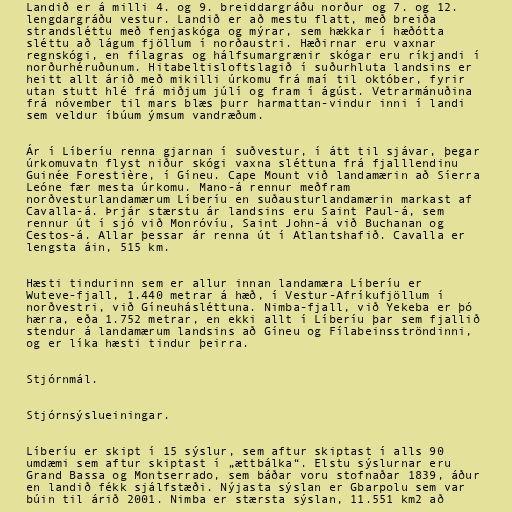
Landið er á milli 4. og 9. breiddargráðu norður og 7. og 12.
lengdargráðu vestur. Landið er að mestu flatt, með breiða
strandsléttu með fenjaskóga og mýrar, sem hækkar í hæðótta
sléttu að lágum fjöllum í norðaustri. Hæðirnar eru vaxnar
regnskógi, en fílagras og hálfsumargrænir skógar eru ríkjandi í
norðurhéruðunum. Hitabeltisloftslagið í suðurhluta landsins er
heitt allt árið með mikilli úrkomu frá maí til október, fyrir
utan stutt hlé frá miðjum júlí og fram í ágúst. Vetrarmánuðina
frá nóvember til mars blæs þurr harmattan-vindur inni í landi
sem veldur íbúum ýmsum vandræðum.

Ár í Líberíu renna gjarnan í suðvestur, í átt til sjávar, þegar
úrkomuvatn flyst niður skógi vaxna sléttuna frá fjalllendinu
Guinée Forestière, í Gíneu. Cape Mount við landamærin að Síerra
Leóne fær mesta úrkomu. Mano-á rennur meðfram
norðvesturlandamærum Líberíu en suðausturlandamærin markast af
Cavalla-á. Þrjár stærstu ár landsins eru Saint Paul-á, sem
rennur út í sjó við Monróvíu, Saint John-á við Buchanan og
Cestos-á. Allar þessar ár renna út í Atlantshafið. Cavalla er
lengsta áin, 515 km.

Hæsti tindurinn sem er allur innan landamæra Líberíu er
Wuteve-fjall, 1.440 metrar á hæð, í Vestur-Afríkufjöllum í
norðvestri, við Gíneuhásléttuna. Nimba-fjall, við Yekeba er þó
hærra, eða 1.752 metrar, en ekki allt í Líberíu þar sem fjallið
stendur á landamærum landsins að Gíneu og Fílabeinsströndinni,
og er líka hæsti tindur þeirra.

Stjórnmál.

Stjórnsýslueiningar.

Líberíu er skipt í 15 sýslur, sem aftur skiptast í alls 90
umdæmi sem aftur skiptast í „ættbálka“. Elstu sýslurnar eru
Grand Bassa og Montserrado, sem báðar voru stofnaðar 1839, áður
en landið fékk sjálfstæði. Nýjasta sýslan er Gbarpolu sem var
búin til árið 2001. Nimba er stærsta sýslan, 11.551 km2 að